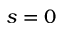
s = 0